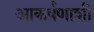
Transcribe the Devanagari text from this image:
आकर्षणाशी